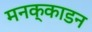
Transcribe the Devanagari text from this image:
मनक्काडन